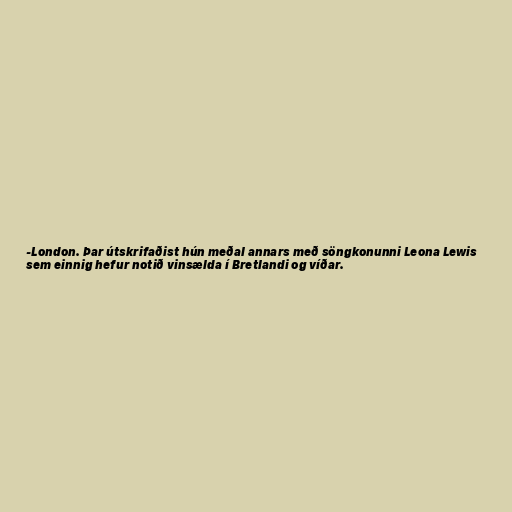
-London. Þar útskrifaðist hún meðal annars með söngkonunni Leona Lewis
sem einnig hefur notið vinsælda í Bretlandi og víðar.